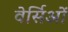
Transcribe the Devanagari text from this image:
वेर्सिओं